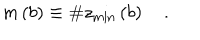
m \left( b \right) \equiv \# z _ { \min } \left( b \right) \quad .